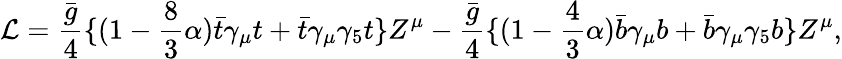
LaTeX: {\cal L}={\frac{\bar{g}}{4}}\{ (1-{\frac{8}{3}}\alpha)\bar{t}\gamma_{\mu}t+\bar{t}\gamma_{\mu}\gamma_{5}t\} Z^{\mu}-{\frac{\bar{g}}{4}}\{ (1-{\frac{4}{3}}\alpha)\bar{b}\gamma_{\mu}b+\bar{b}\gamma_{\mu}\gamma_{5}b\} Z^{\mu},